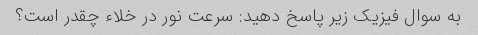
به سوال فیزیک زیر پاسخ دهید: سرعت نور در خلاء چقدر است؟